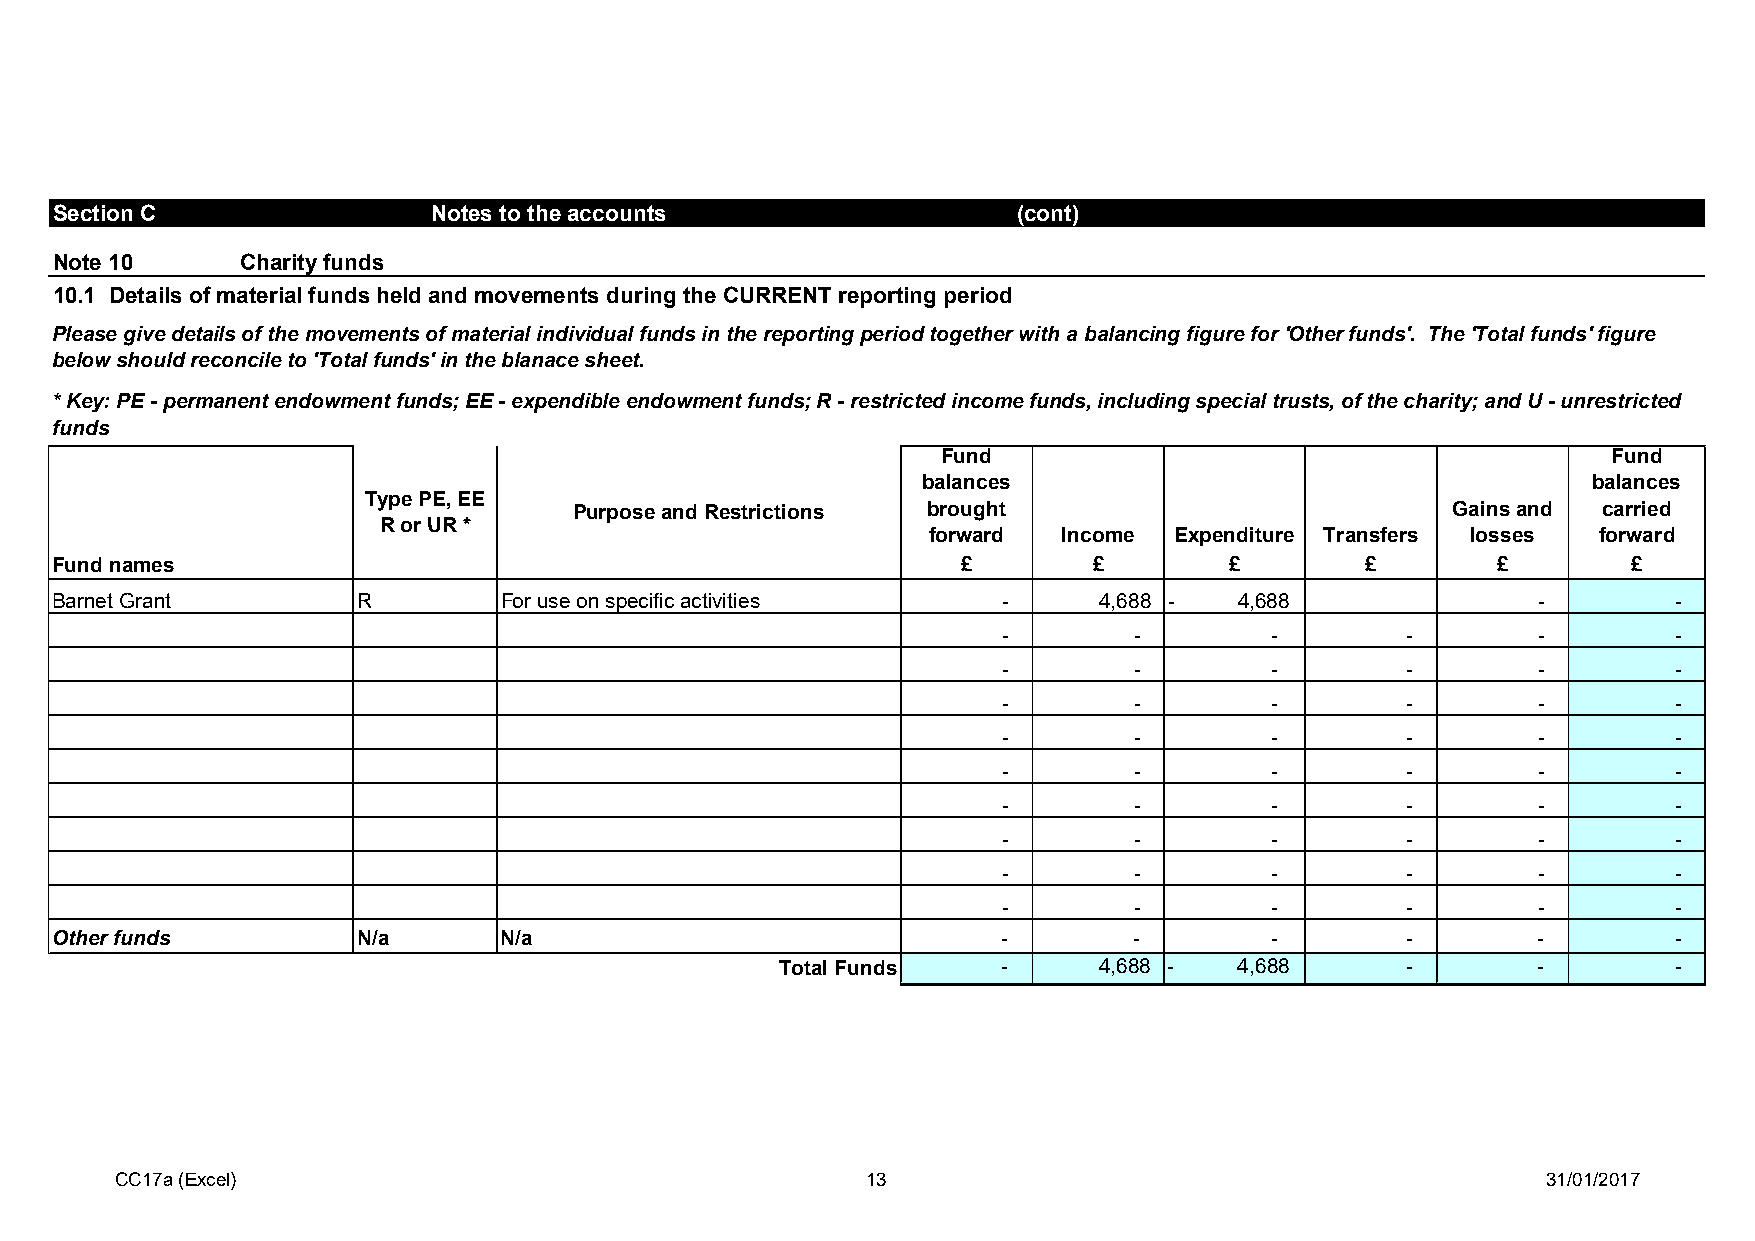
Section C                 Notes to the accounts                 (cont)
 Note 10      Charity funds
 10.1 Details of material funds held and movements during the CURRENT reporting period
 Please give details of the movements of material individual funds in the reporting period together with a balancing figure for 'Other funds'. The 'Total funds' figure
 below should reconcile to 'Total funds' in the blanace sheet.
 * Key: PE - permanent endowment funds; EE - expendible endowment funds; R - restricted income funds, including special trusts, of the charity; and U - unrestricted
 funds
 Fund                                         Fund
 balances                                    balances
 Type PE, EE
 Purpose and Restrictions brought                          Gains and carried
 R or UR *
 forward  Income  Expenditure Transfers losses forward
 Fund names                                                   £       £        £        £        £        £
 Barnet Grant         R        For use on specific activities   -      4,688 -  4,688               -        -
 -        -        -        -        -        -
 -        -        -        -        -        -
 -        -        -        -        -        -
 -        -        -        -        -        -
 -        -        -        -        -        -
 -        -        -        -        -        -
 -        -        -        -        -        -
 -        -        -        -        -        -
 -        -        -        -        -        -
 Other funds          N/a      N/a                              -        -        -        -        -        -
 Total Funds   -      4,688 -  4,688      -        -        -
 CC17a (Excel)                                    13                                           31/01/2017